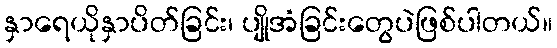
နှာရေယိုနှာပိတ်ခြင်း၊ ပျိုအံခြင်းတွေပဲဖြစ်ပါတယ်။